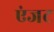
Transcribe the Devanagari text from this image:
एंजट